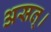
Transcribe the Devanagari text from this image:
असत्।